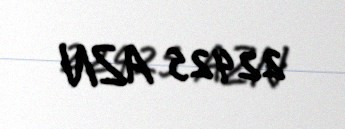
22425 AZN